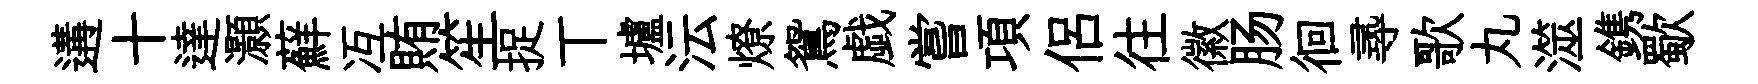
遘十達灝蘚冱賄笙捉丅壚沄燎鴛戯嘗項侣往徽肠徊𡬶歌丸澨鎸歜